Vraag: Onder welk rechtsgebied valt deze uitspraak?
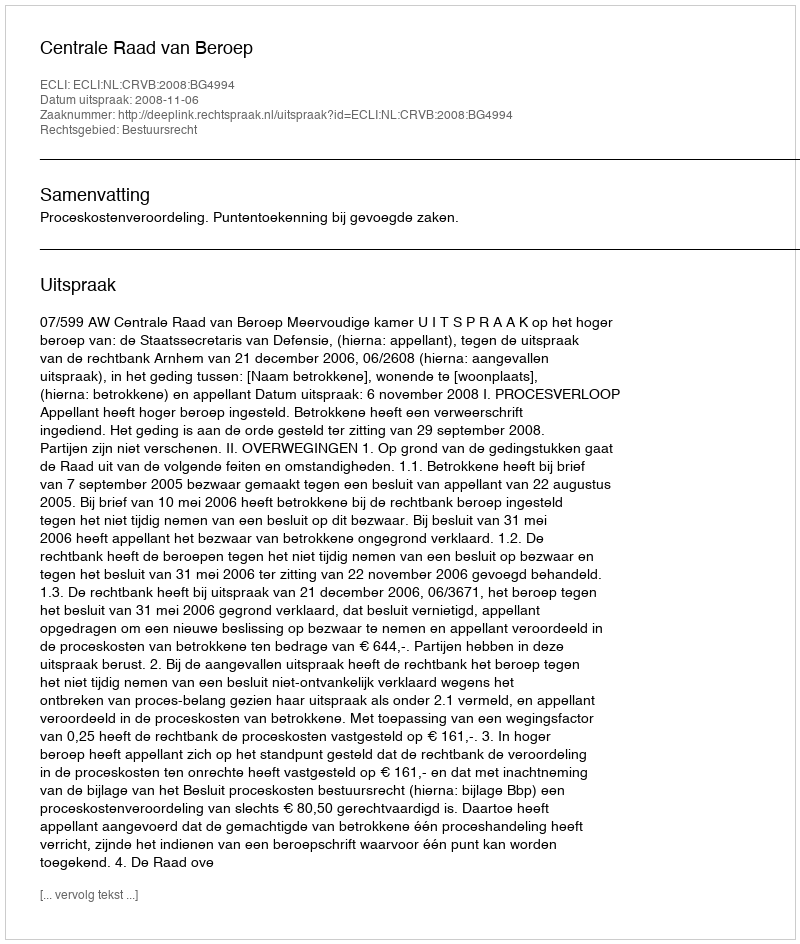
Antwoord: Bestuursrecht